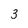
Character: 3